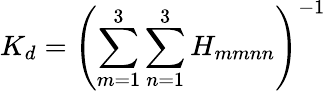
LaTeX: K_{d}=\left(\sum_{m=1}^{3}\sum_{n=1}^{3}H_{mmnn}\right)^{-1}